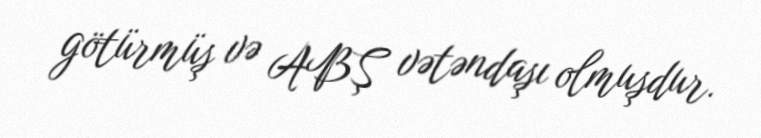
götürmüş və ABŞ vətəndaşı olmuşdur.